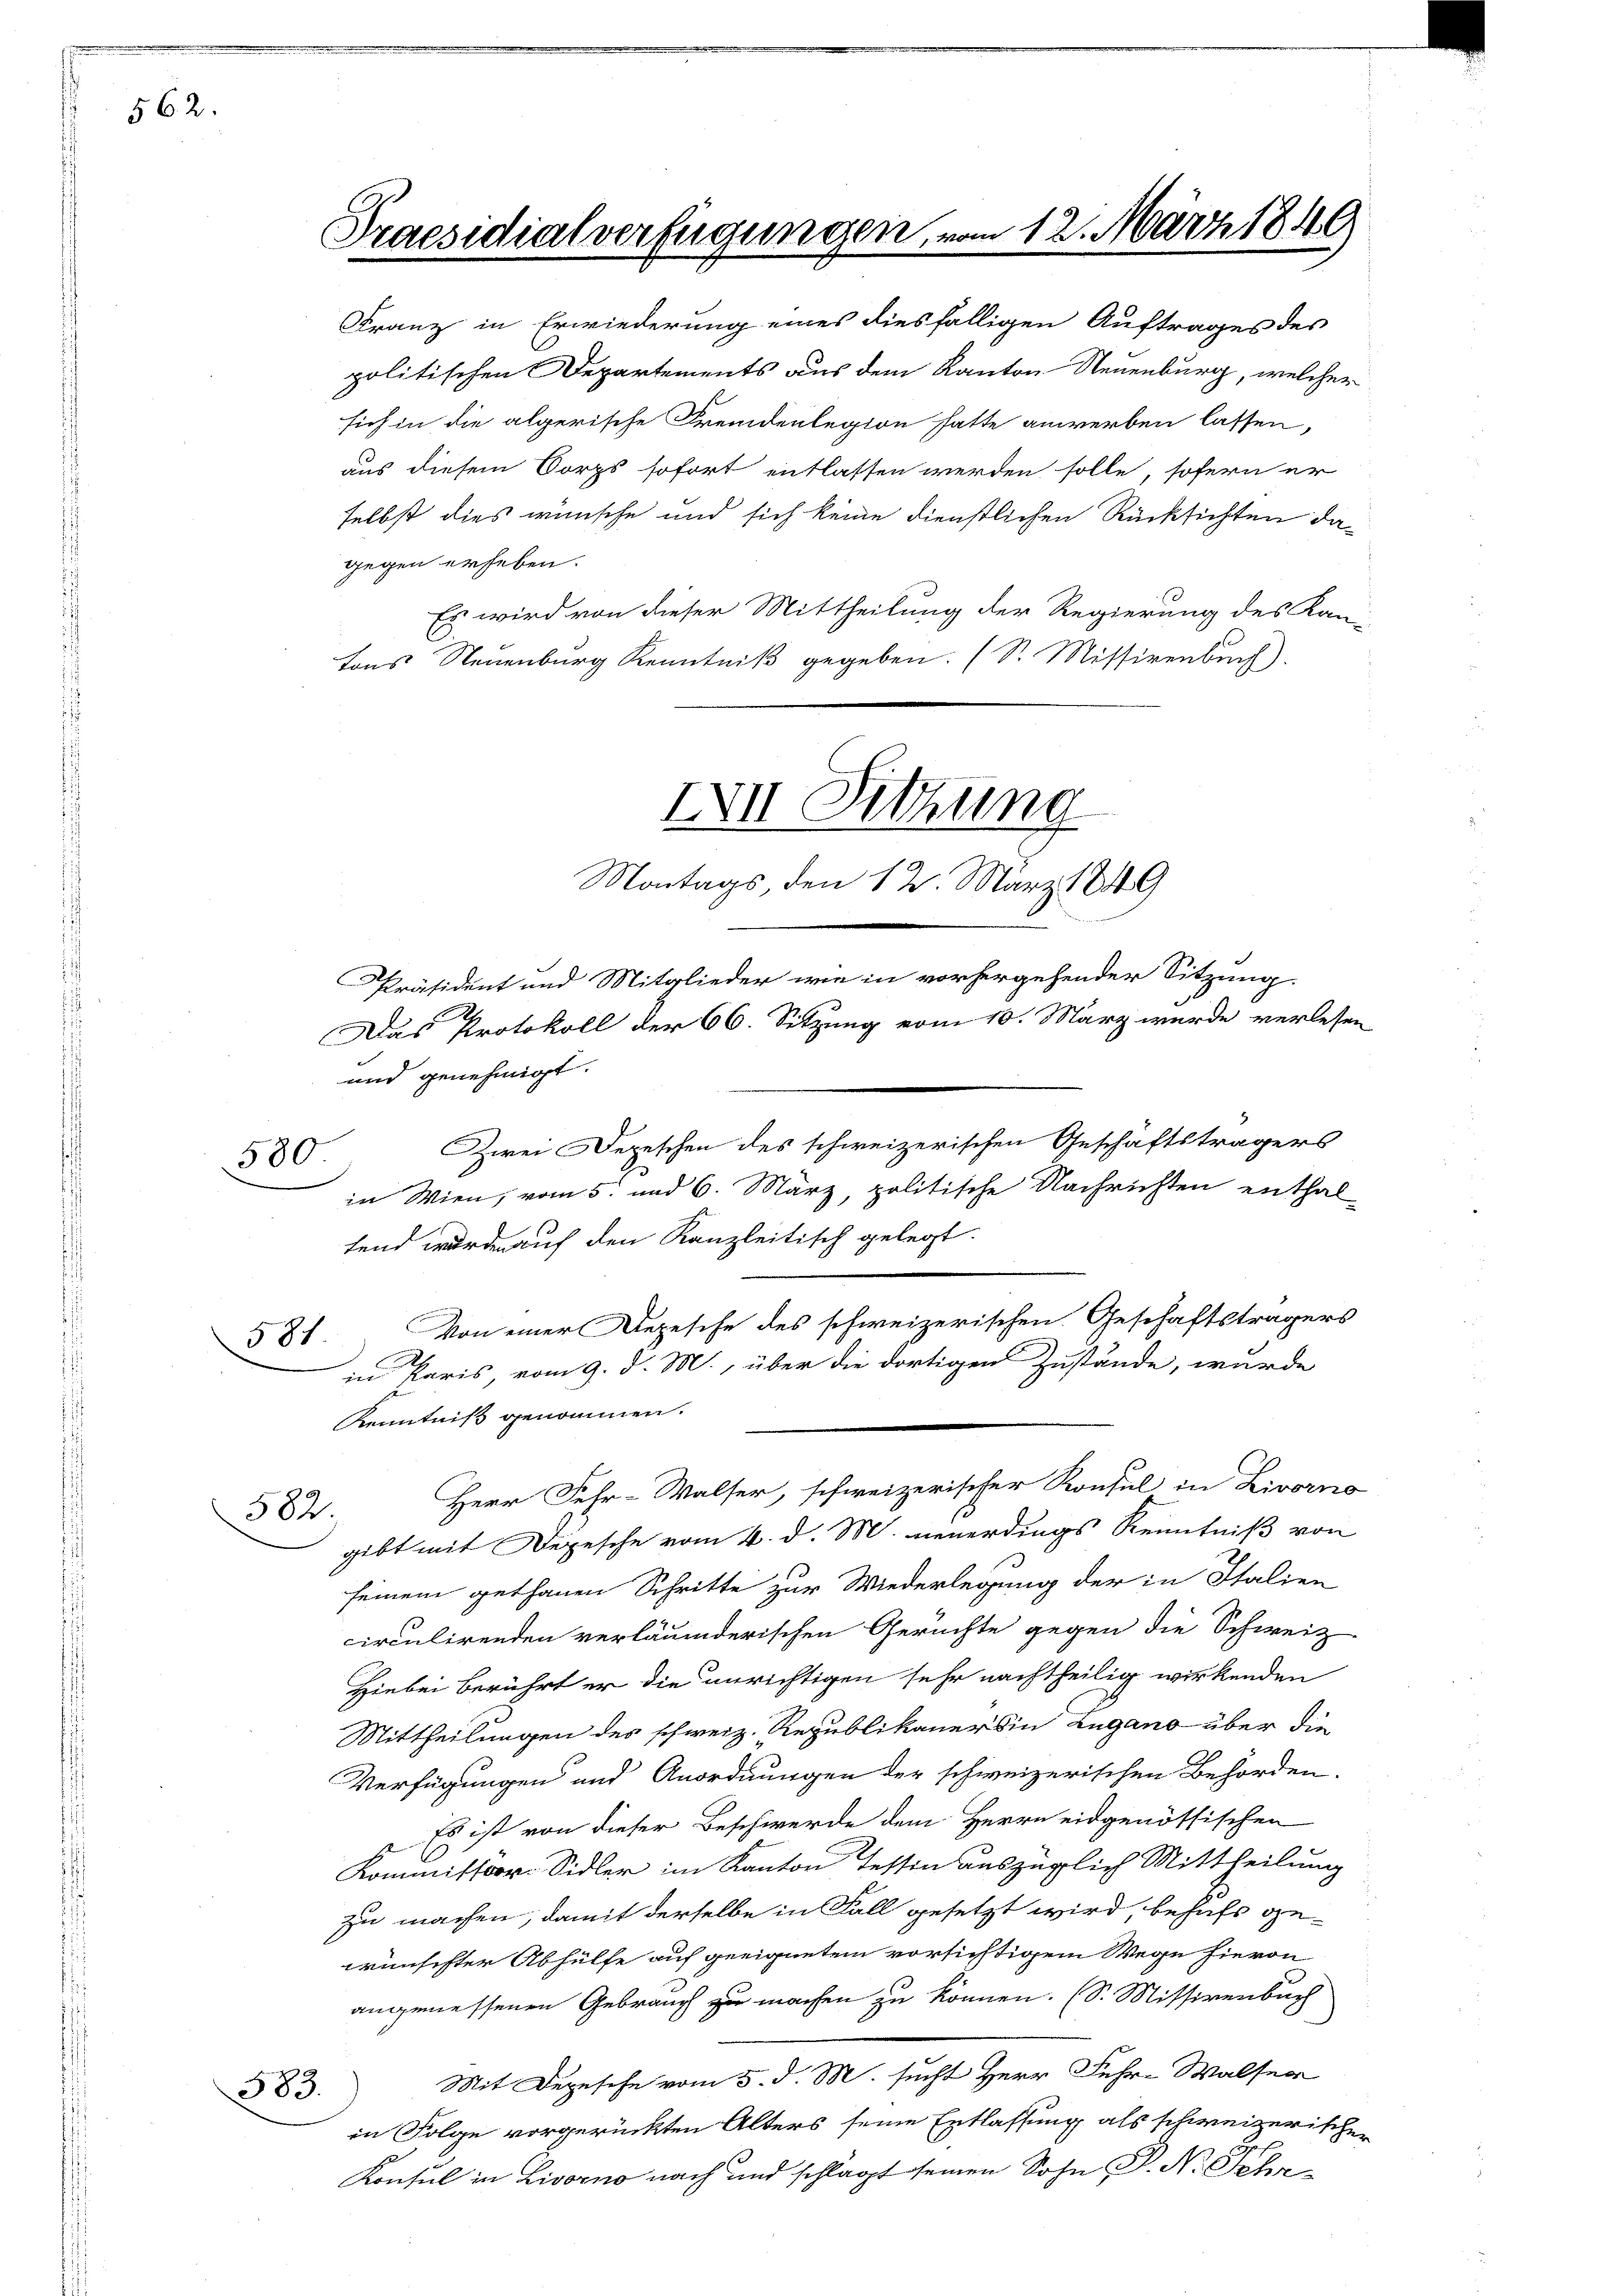
562.

580

582

581.

Praesidialverfügungen, vom 12. März 1849

politischen Departements aus dem Kanton Neuenburg, welcher
sich in die algerische Fremdenlegion hatte anwerben lassen,
aus diesem Corps sofort entlassen werden solle, sofern er
selbst dies wünsche und sich keine dienstlichen Rücksichten dagegen erheben.
Es wird von dieser Mittheilung der Regierung des Kan-
tons Neuenburg Kenntniß gegeben. (S. Missivenbuch)

Franz in Erwiederung eines diesfälligen Auftrages des

III Sitzung
Montags den 12. März 1849
Präsident und Mitglieder wie in vorhergehender Sitzung.

Das Protokoll der 66. Sitzung vom 10. März wurde verlesen
und genehmigt.
Zwei Depeschen des schweizerischen Geschäftsträgers
in Wien, vom 5. und 6. März, politische Nachrichten enthal-
tend wurden auf den Kanzleitisch gelegt.
Von einer Depesche des schweizerischen Geschäftsträgers
Herr Fehr-Walser, schweizerischer Konsul in Livorno
gibt mit Depesche vom 4. d. M. neuerdings Kenntniß von
seinem gethanen Schritte zur Wiederlegung der in Italien
circulirenden verläumderischen Gerüchte gegen die Schweiz
Hiebei berührt er die unrichtigen sehr nachtheilig wirkenden
Mittheilungen des schweiz. Republikaner in Lugano über die
Verfügungen und Anordnungen der schweizerischen Behörden.
Es ist von dieser Beschwerde dem Herrn eidgenössischen
Kommissoor-Sidler im Kanton Tessin auszüglich Mittheilung
zu machen, damit derselbe in Fall gesetzt wird, behufs ge-
wünschter Abhülfe auf geeignetem vorsichtigem Wege hievon
angemessenen Gebrauch zu machen zu können. (S. Missivenbuch
Mit Degesehe vom 5. d. M. sucht Herr Fuhr-Walfer
583.
in Folge vorgerückten Alters seine Entlassung als schweizerischen
Konsul in Livorno nach und schlägt seinen Sohn P. Nr. Schr¬

in Paris, vom 9. d. M., über die dortigen Zustände, wurde
Kenntniß genommen.